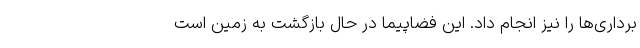
برداری‌ها را نیز انجام داد. این فضاپیما در حال بازگشت به زمین است